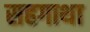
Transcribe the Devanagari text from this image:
सहगाथा